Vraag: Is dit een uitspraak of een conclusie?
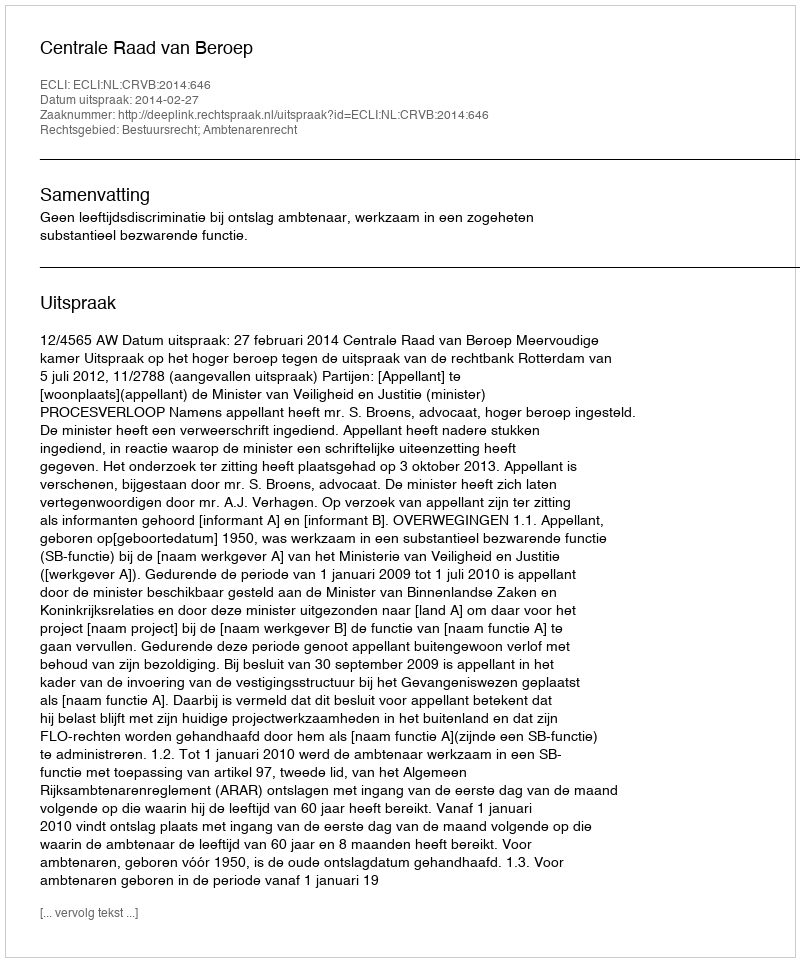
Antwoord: Uitspraak